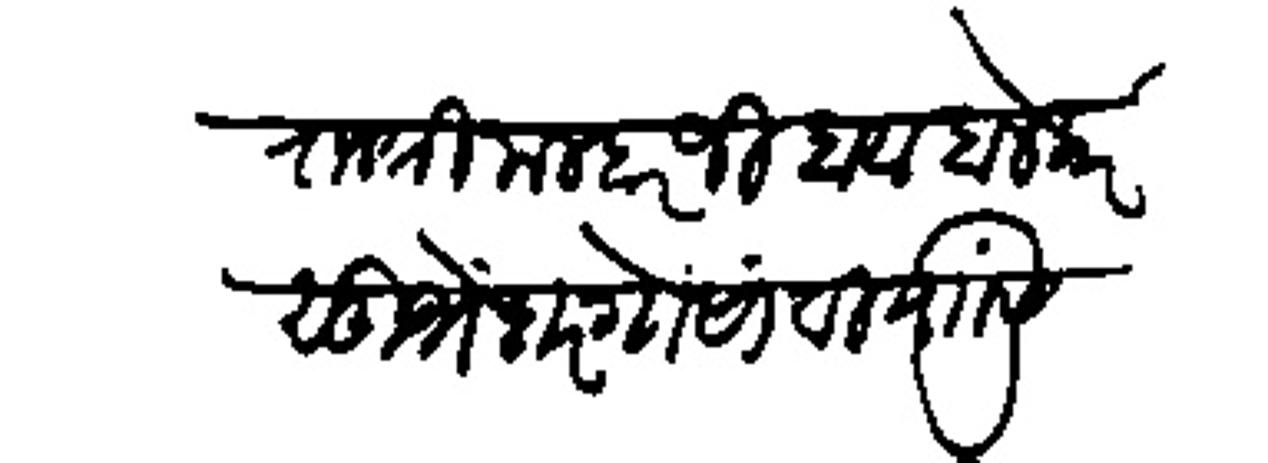
Transliteration (Devanagari): राजश्री मल्हारजी बाबा होलकर सुभेदार गोसांवी यांसी